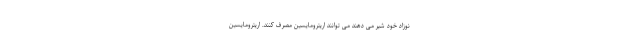
نوزاد خود شیر می دهند می توانند اریترومایسین مصرف کنند. اریترومایسین